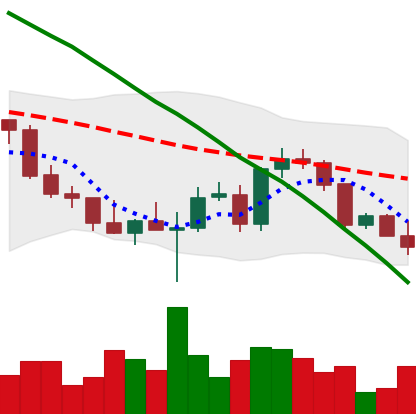
Ticker: ETH-USD
Chart end date: 2022-03-07
Forward return: 3.082%
Label: up_3_5